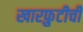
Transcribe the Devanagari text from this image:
खारफ़ुटीची